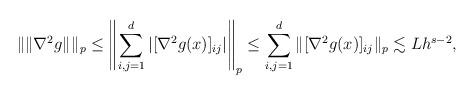
LaTeX: \begin{align*}\|\|\nabla^2 g\|_{}\|_p &\le \left\| \sum_{i,j=1}^d |[\nabla^2 g(x)]_{ij}| \right\|_p\le \sum_{i,j=1}^d \|[\nabla^2 g(x)]_{ij}\|_p \lesssim Lh^{s-2}, \end{align*}